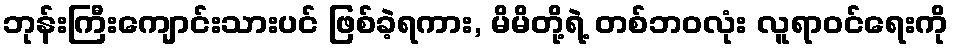
ဘုန်းကြီးကျောင်းသားပင် ဖြစ်ခဲ့ရကား, မိမိတို့ရဲ့ တစ်ဘဝလုံး လူရာဝင်ရေးကို